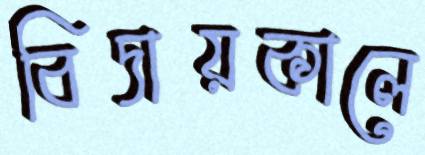
বিদায়কালে